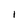
Character: I